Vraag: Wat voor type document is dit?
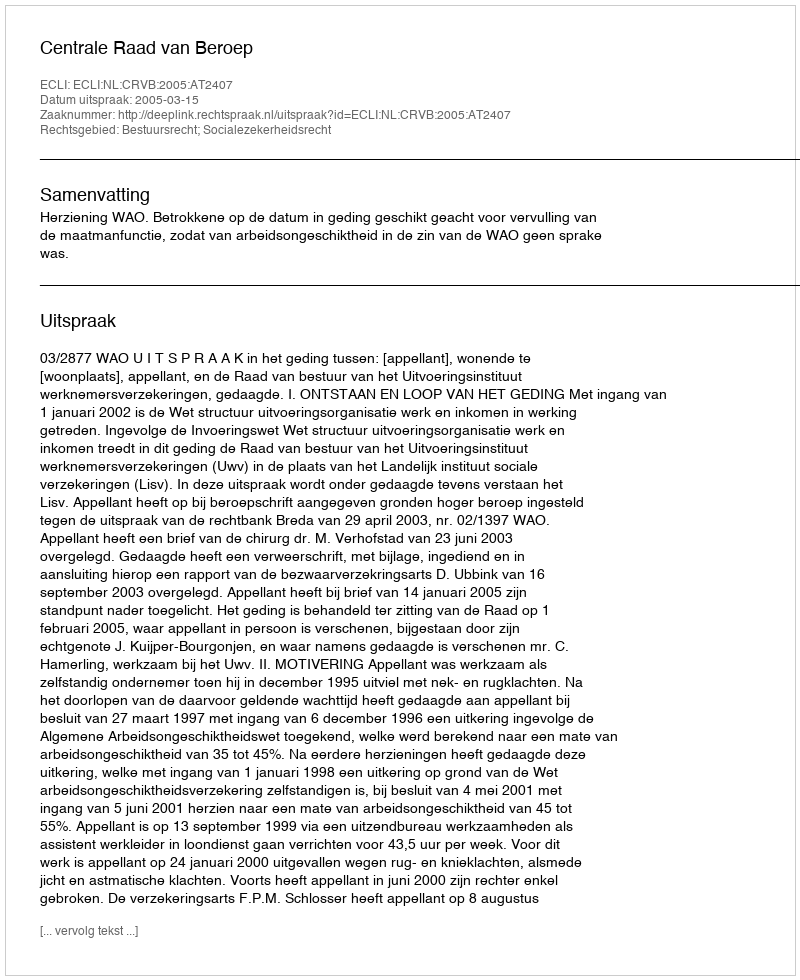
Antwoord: Uitspraak